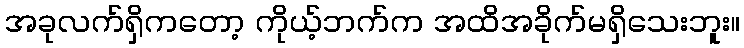
အခုလက်ရှိကတော့ ကိုယ့်ဘက်က အထိအခိုက်မရှိသေးဘူး။